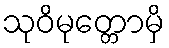
သုဝိမုတ္တောမှိ